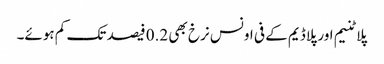
پلاٹنیم اور پلاڈیم کے فی اونس نرخ بھی 0.2 فیصد تک کم ہوئے۔